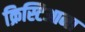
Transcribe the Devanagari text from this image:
क्रिस्टिआना